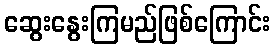
ဆွေးနွေးကြမည်ဖြစ်ကြောင်း